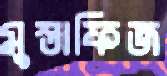
মুস্তাফিজ